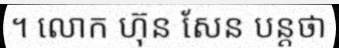
។ លោក ហ៊ុន សែន បន្តថា